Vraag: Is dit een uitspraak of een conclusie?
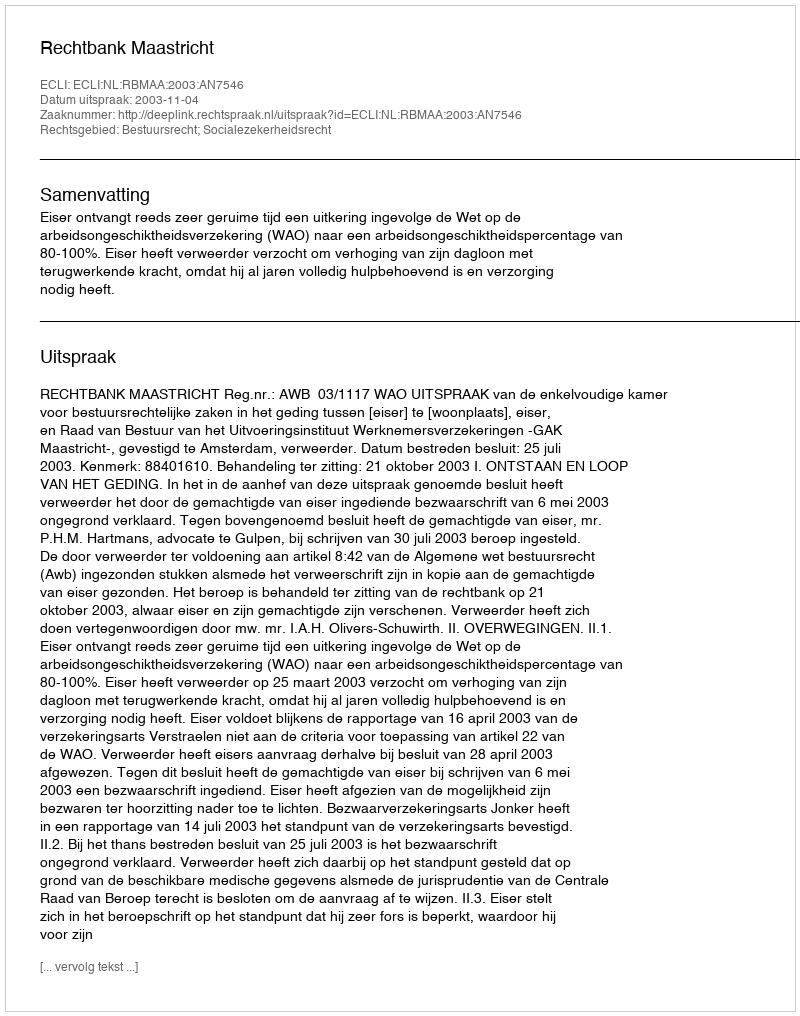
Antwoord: Uitspraak